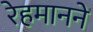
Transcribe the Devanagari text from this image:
रेहमानने